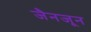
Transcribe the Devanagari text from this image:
जैनजून